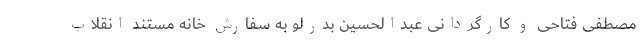
مصطفی فتاحی و کارگردانی عبدالحسین بدرلو به سفارش خانه مستند انقلاب